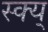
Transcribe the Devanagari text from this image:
स्क्य्